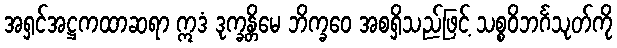
အရှင်အဋ္ဌကထာဆရာ ဣဒံ ဒုက္ခန္တိမေ ဘိက္ခဝေ အစရှိသည်ဖြင့် သစ္စဝိဘင်္ဂသုတ်ကို